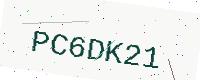
Text: PC6DK21